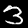
Digit: 3